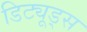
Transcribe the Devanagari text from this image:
डिट्यूड्स